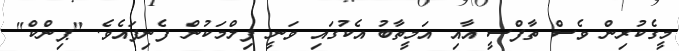
މީގެކުރިން ވެސް ތާފްސީ އާއި އަމީތާބު އެކުގައި ވަނީ ފިލްމަކުން ފެނިފައެވެ. "ޕިންކް"